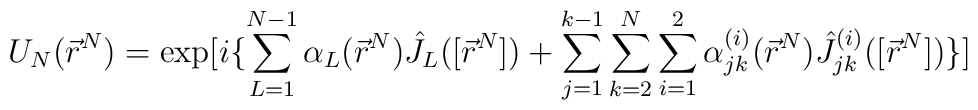
U_N(\vec r^N)={\rm exp}[i\{\sum_{L=1}^{N-1}\alpha_L(\vec r^N)\hat J_L([\vec r^N])                +\sum_{j=1}^{k-1}\sum_{k=2}^{N}\sum_{i=1}^2\alpha_{jk}^{(i)}(\vec r^N)                  \hat J_{jk}^{(i)}([\vec r^N])\}]